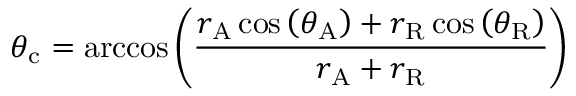
\theta _ { \mathrm { c } } = \operatorname { a r c c o s } \left( { \frac { r _ { \mathrm { A } } \cos \left( \theta _ { \mathrm { A } } \right) + r _ { \mathrm { R } } \cos \left( \theta _ { \mathrm { R } } \right) } { r _ { \mathrm { A } } + r _ { \mathrm { R } } } } \right)